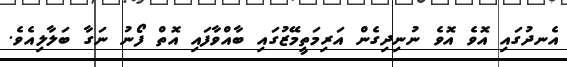
އެނދުގައި އޮވެ އޮވެ ނުނިދިގެން އަރިމަތީމޭޒުގައި ބާއްވާފައި އޮތް ފޯނު ނަގާ ބަލާލިއެވެ.